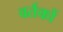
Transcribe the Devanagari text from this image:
वर्तकों